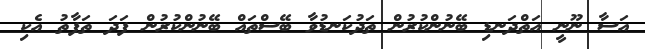
އަސާ ނޫނީ އަތްދަނޑި ބޭނުންކުރުން ތަދުކަނޑުވާ ބޭސްތައް ބޭނުންކުރުން ފަދަ ތަފާތު އެކި